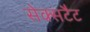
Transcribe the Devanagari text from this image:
सेक्सटैट